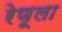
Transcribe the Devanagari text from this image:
रेणूला